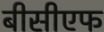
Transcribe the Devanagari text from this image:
बीसीएफ